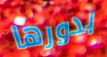
بدورها